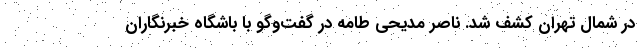
در شمال تهران کشف شد. ناصر مدیحی طامه در گفت‌وگو با باشگاه خبرنگاران